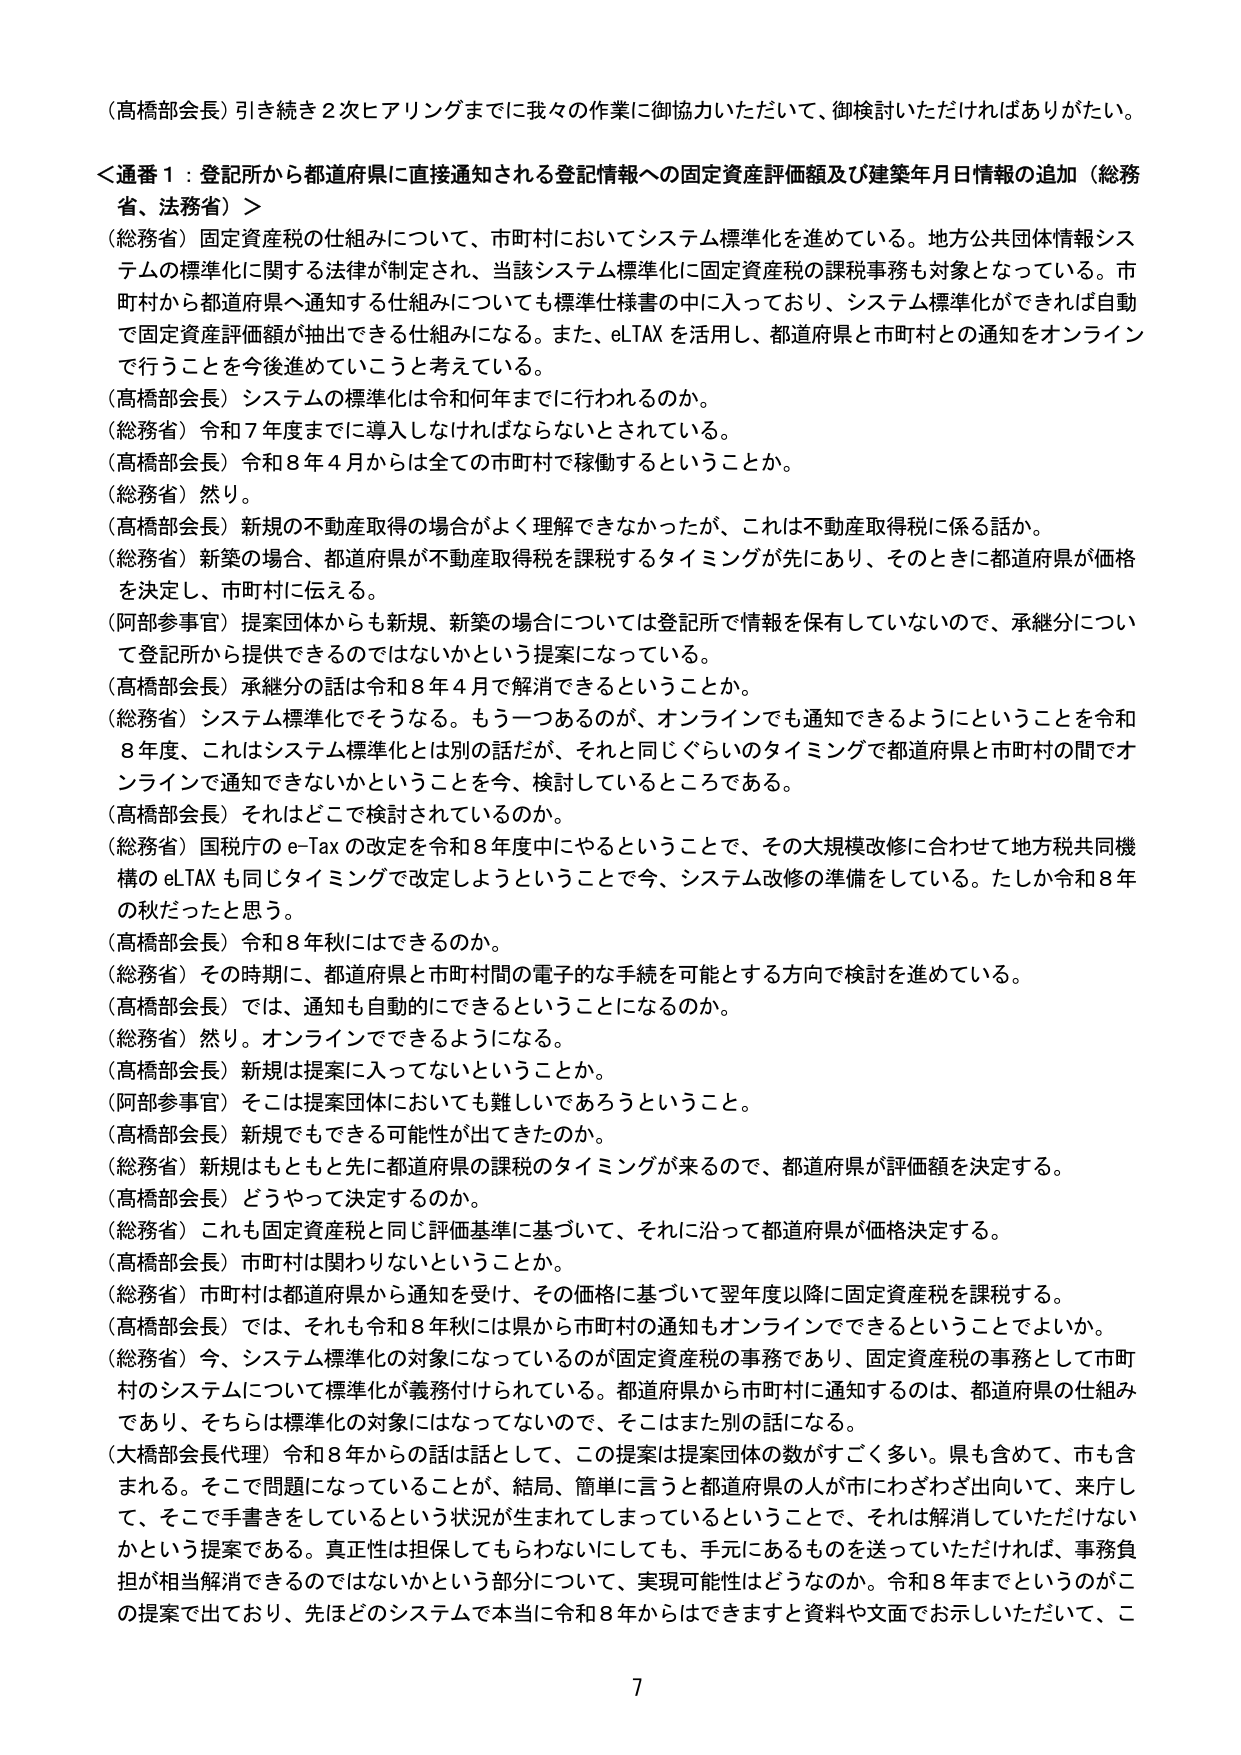
（高橋部会長）引き続き２次ヒアリングまでに我々の作業に御協力いただいて、御検討いただければありがたい。

＜通番１：登記所から都道府県に直接通知される登記情報への固定資産評価額及び建築年月日情報の追加（総務省、法務省）＞

（総務省）固定資産税の仕組みについて、市町村においてシステム標準化を進めている。地方公共団体情報システムの標準化に関する法律が制定され、当該システム標準化に固定資産税の課税事務も対象となっている。市町村から都道府県へ通知する仕組みについても標準仕様書の中に入っており、システム標準化ができれば自動で固定資産評価額が抽出できる仕組みになる。また、eLTAXを活用し、都道府県と市町村との通知をオンラインで行うことを今後進めていこうと考えている。

（高橋部会長）システムの標準化は令和何年までに行われるのか。

（総務省）令和７年度までに導入しなければならないとされている。

（高橋部会長）令和８年４月からは全ての市町村で稼働するということか。

（総務省）然り。

（高橋部会長）新規の不動産取得の場合がよく理解できなかったが、これは不動産取得税に係る話か。

（総務省）新築の場合、都道府県が不動産取得税を課税するタイミングが先にあり、そのときに都道府県が価格を決定し、市町村に伝える。

（阿部参事官）提案団体からも新規、新築の場合については登記所で情報を保有していないので、承継分について登記所から提供できるのではないかという提案になっている。

（高橋部会長）承継分の話は令和８年４月で解消できるということか。

（総務省）システム標準化でそうなる。もう一つあるのが、オンラインでも通知できるようにということを令和８年度、これはシステム標準化とは別の話だが、それと同じぐらいのタイミングで都道府県と市町村の間でオンラインで通知できないかということを今、検討しているところである。

（高橋部会長）それはどこで検討されているのか。

（総務省）国税庁のe-Taxの改定を令和８年度中にやるということで、その大規模改修に合わせて地方税共同機構のeLTAXも同じタイミングで改定しようということで今、システム改修の準備をしている。たしか令和８年の秋だったと思う。

（高橋部会長）令和８年秋にはできるのか。

（総務省）その時期に、都道府県と市町村間の電子的な手続を可能とする方向で検討を進めている。

（高橋部会長）では、通知も自動的にできるということになるのか。

（総務省）然り。オンラインでできるようになる。

（高橋部会長）新規は提案に入ってないということか。

（阿部参事官）そこは提案団体においても難しいであろうということ。

（高橋部会長）新規でもできる可能性が出てきたのか。

（総務省）新規はもともと先に都道府県の課税のタイミングが来るので、都道府県が評価額を決定する。

（高橋部会長）どうやって決定するのか。

（総務省）これも固定資産税と同じ評価基準に基づいて、それに沿って都道府県が価格決定する。

（高橋部会長）市町村は関わりないということか。

（総務省）市町村は都道府県から通知を受け、その価格に基づいて翌年度以降に固定資産税を課税する。

（高橋部会長）では、それも令和８年秋には県から市町村の通知もオンラインでできるということでしょうか。

（総務省）今、システム標準化の対象になっているのが固定資産税の事務であり、固定資産税の事務として市町村のシステムについて標準化が義務付けられている。都道府県から市町村に通知するのは、都道府県の仕組みであり、そちらは標準化の対象にはなっていないので、そこはまた別の話になる。

（大橋部会長代理）令和８年からの話は話として、この提案は提案団体の数がすごく多い。県も含めて、市も含まれる。そこで問題になっていることが、結局、簡単に言うと都道府県の人が市にわざわざ出向いて、来庁して、そこで手続きをしているという状況が生まれてしまっているということで、それは解消していただけないかという提案である。真正性は担保してもらわないにしても、手元にあるものを送っていただければ、事務負担が相当解消できるのではないかという部分について、実現可能性はどうなのか。令和８年までというのがこの提案で出ており、先ほどのシステムで本当に令和８年からはできますと資料や文面でお示しいただいて、こ

7